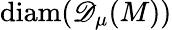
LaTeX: \mathrm{diam}({\mathscr{D}_{\mu}(M)})